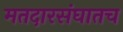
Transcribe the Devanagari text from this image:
मतदारसंघातच